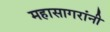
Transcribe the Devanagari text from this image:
महासागरांनी